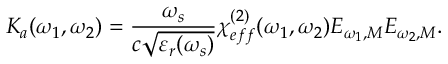
K _ { a } ( \omega _ { 1 } , \omega _ { 2 } ) = \frac { \omega _ { s } } { c \sqrt { \varepsilon _ { r } ( \omega _ { s } ) } } \chi _ { e f f } ^ { ( 2 ) } ( \omega _ { 1 } , \omega _ { 2 } ) E _ { \omega _ { 1 } , M } E _ { \omega _ { 2 } , M } .